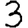
Digit: 3